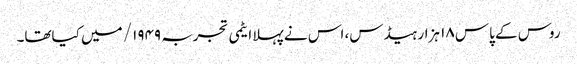
روس کے پاس ۱۸ ہزار ہیڈس، اس نے پہلا ایٹمی تجربہ ۱۹۴۹/ میں کیاتھا۔